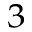
^ { 3 }